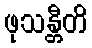
ဖုသန္တီတိ